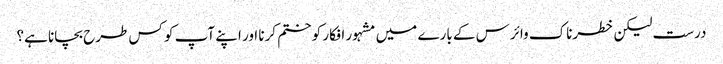
درست لیکن خطرناک وائرس کے بارے میں مشہور افکار کو ختم کرنا اور اپنے آپ کو کس طرح بچانا ہے؟